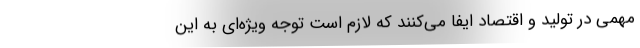
مهمی در تولید و اقتصاد ایفا می‌کنند که لازم است توجه ویژه‌ای به این